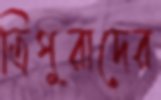
ত্রিপুরাদের